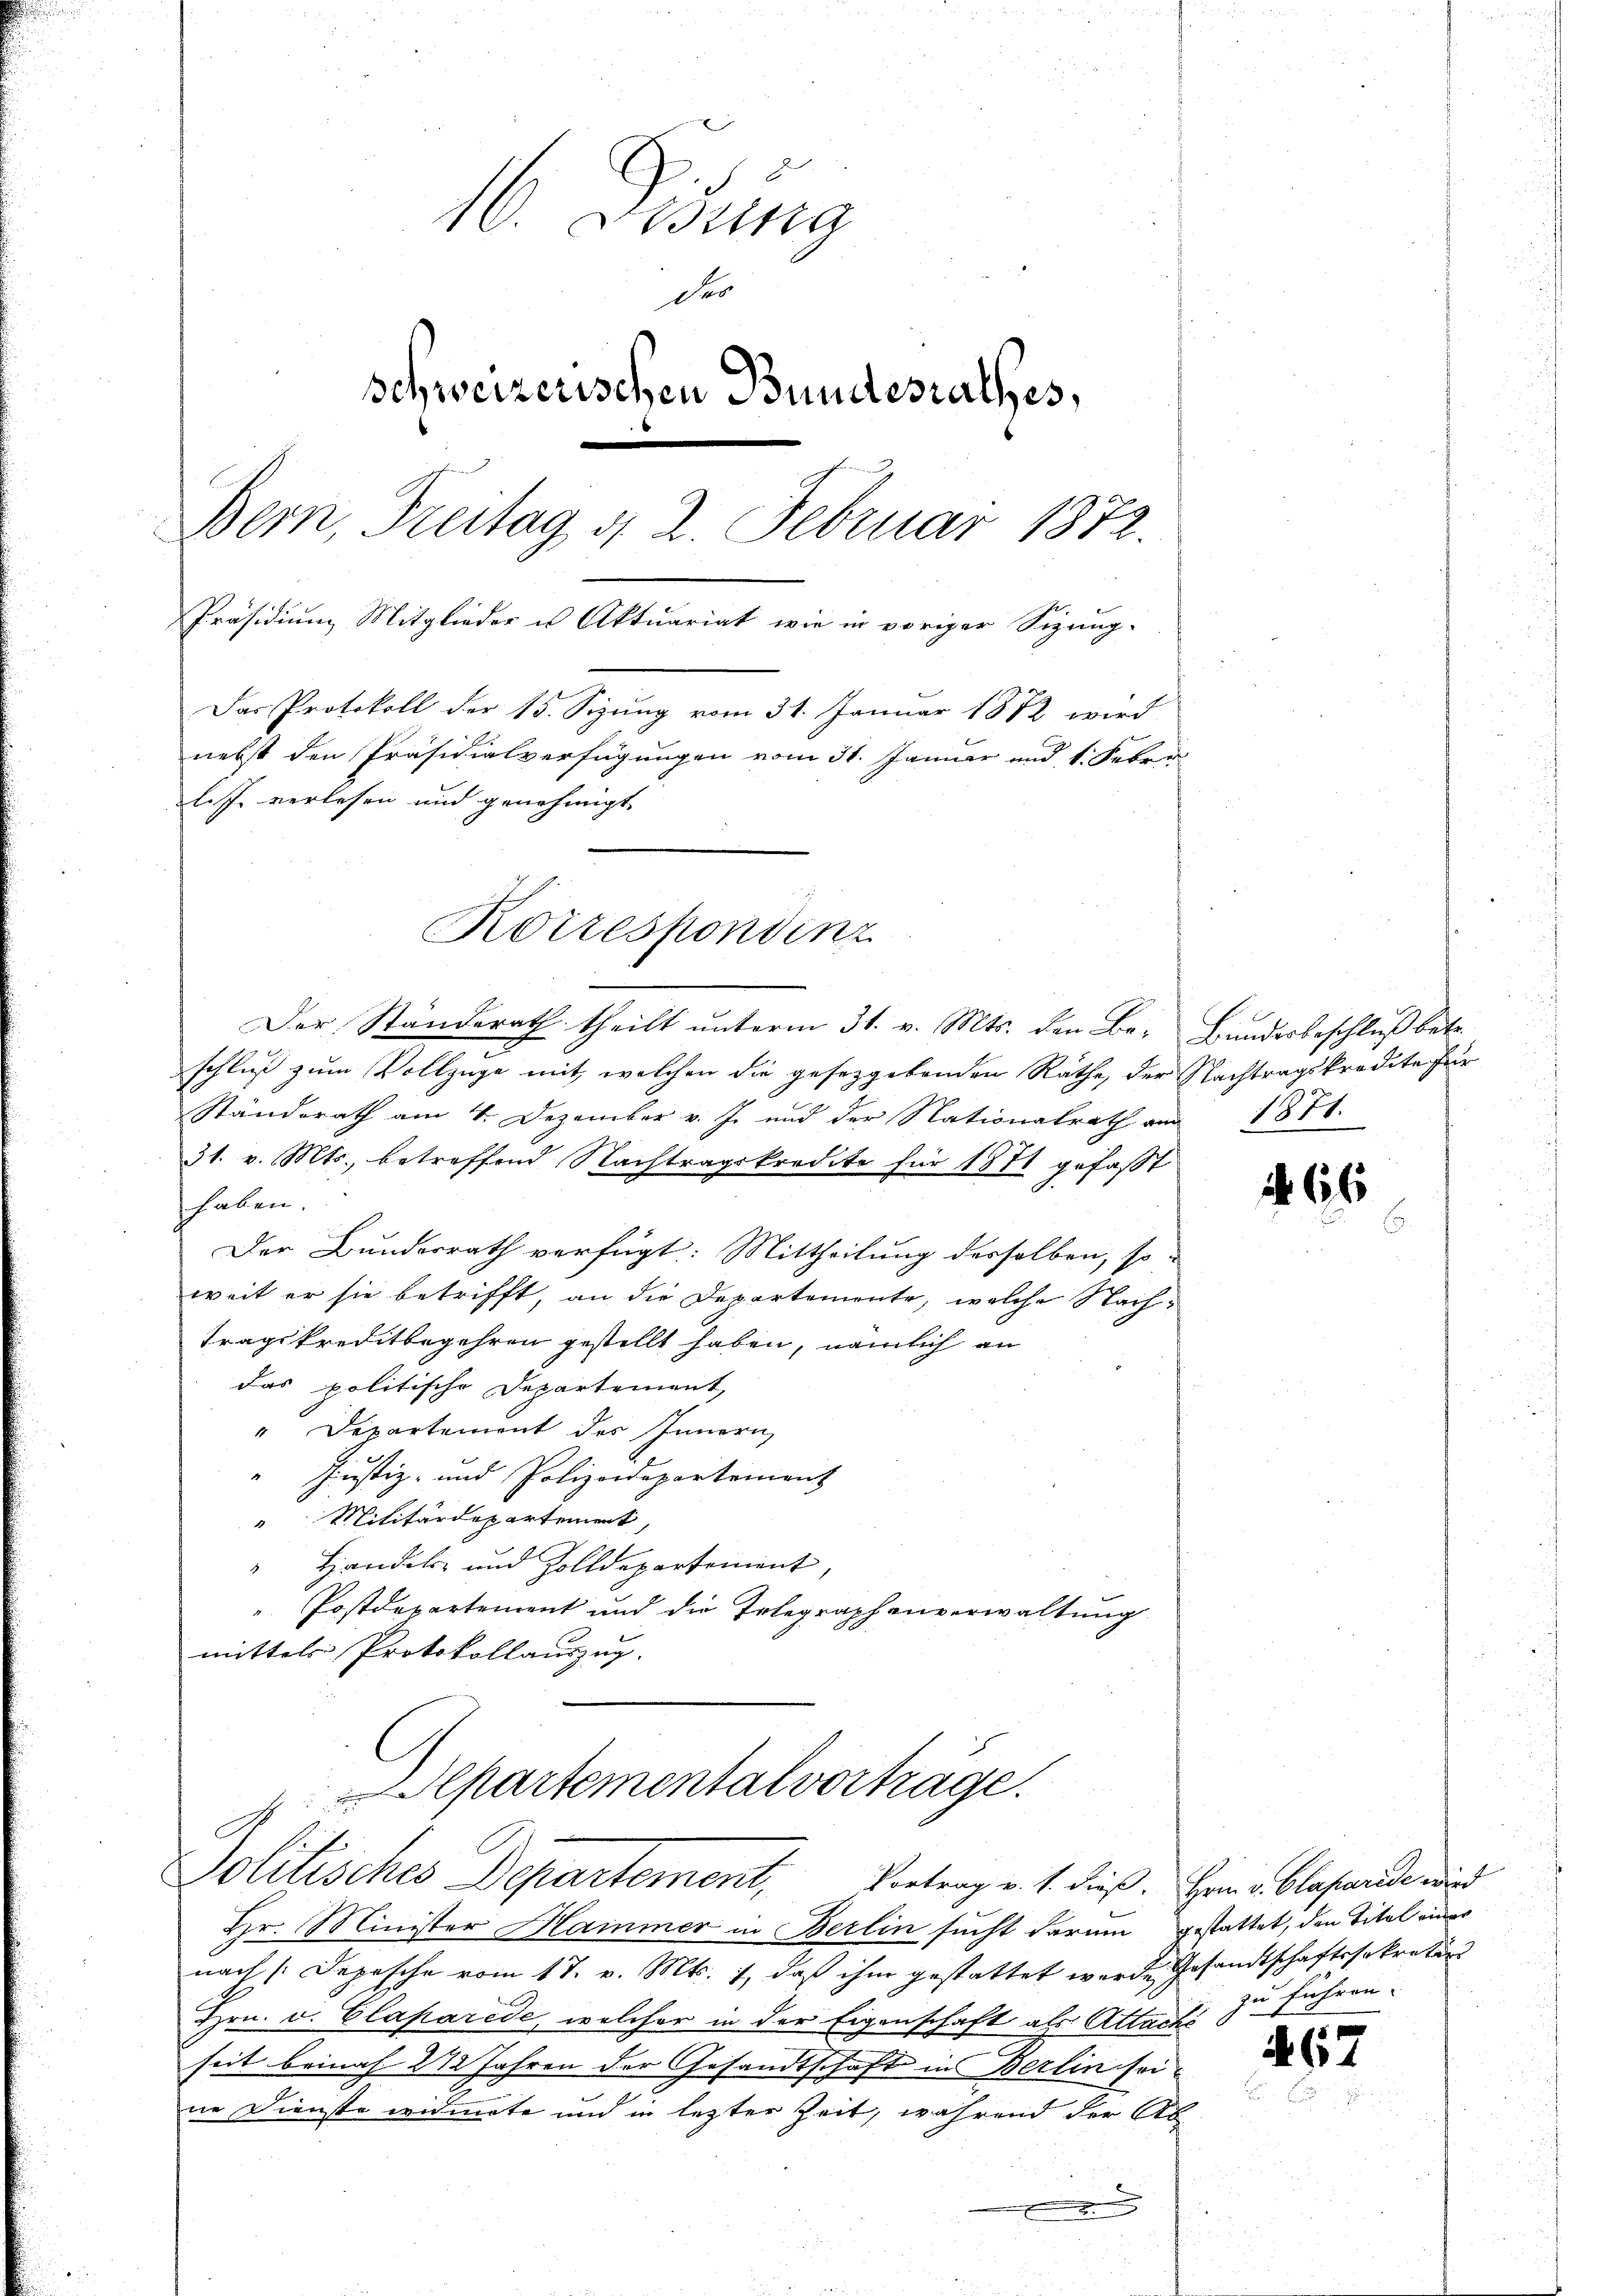
10. Ossing
der
schweizerischen Bundesrathes,
Bern, Treitag d. 2. Februar 1872.
Präsidium Mitglieder u Aktuariat wie in voriger Sizung-
Das Protokoll der 15. Sizung vom 31. Januar 1872 wird
nebst den Präsidialverfügungen vom 31. Januar und 1. Febru
lis verlesen und genehmigt.

Korrespondenz

Der Ständerath theilt unterm 31. v. Mts. den Be- Bundesbeschluß betr.
e
schluß zum Vollzüge mit welchen die gesetzgebenden Rathe, der Nachtragskredite für
Standerath am 4. Dezember v. J. und der Nationalrath am 1871.
31. v. Mts., betreffend Nachtragskredite für 1871 gefasst
haben.
Der Bunderrath verfügt: Mittheilung desselben, so
weit er sie betrifft, an die Departemente, welche Nachtragskreditbegehren gestellt haben, nämlich an
das politische Departement,
" Departement des Innern,
Justiz- und Polizeidepartement
" Militärdepartement,
Handels- und Zolldepartement,
1
Postdepartement und die Erlegraphenverwaltung
mittels Protokollauszug.
Separtemental vorträge.

Politisches Departement, Vortrag v. 1. dieß. Herr v. Blasende wird

Hr. Minister Hammer in Berlin sucht darum gestattet, den Titel eines
nach /:Depesche vom 17. v. Mts. 7, daß ihm gestattet wurde Gesandtschaftssekretär
Hrn. v. Claparede, welcher in der Eigenschaft als Attachs
seit beinah 272 Jahren der Gesandtschaft in Berlin sei-
ne Dienste widmete und in lezter Zeit, während der Ab-
.

66

zu führen.

462